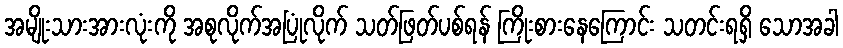
အမျိုးသားအားလုံးကို အစုလိုက်အပြုံလိုက် သတ်ဖြတ်ပစ်ရန် ကြိုးစားနေကြောင်း သတင်းရရှိ သောအခါ